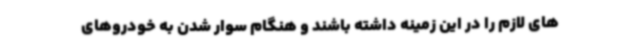
های لازم را در این زمینه داشته باشند و هنگام سوار شدن به خودروهای